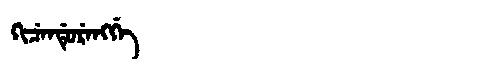
Manchu: ᡴᡳᠴᡝᠨᡩᡠᡵᡝᠩᡤᡝ
Romanization: KICENDURENGGE